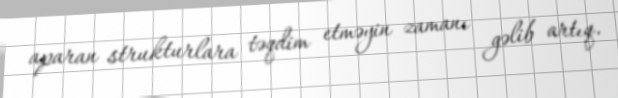
aparan strukturlara təqdim etməyin zamanı gəlib artıq.